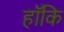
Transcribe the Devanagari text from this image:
हॉकि